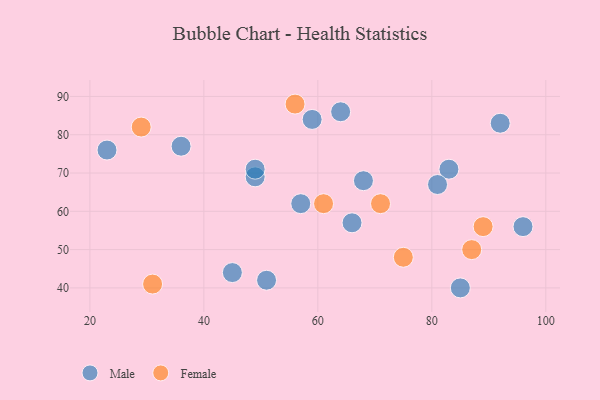
{"axis": {"x": "GDP", "y": "Life Expectancy"}, "legend": ["Female", "Male"], "data": [{"x": "49", "y": 69, "type": "Male"}, {"x": "83", "y": 71, "type": "Male"}, {"x": "49", "y": 71, "type": "Male"}, {"x": "85", "y": 40, "type": "Male"}, {"x": "45", "y": 44, "type": "Male"}, {"x": "92", "y": 83, "type": "Male"}, {"x": "64", "y": 86, "type": "Male"}, {"x": "57", "y": 62, "type": "Male"}, {"x": "96", "y": 56, "type": "Male"}, {"x": "68", "y": 68, "type": "Male"}, {"x": "81", "y": 67, "type": "Male"}, {"x": "59", "y": 84, "type": "Male"}, {"x": "23", "y": 76, "type": "Male"}, {"x": "66", "y": 57, "type": "Male"}, {"x": "51", "y": 42, "type": "Male"}, {"x": "36", "y": 77, "type": "Male"}, {"x": "56", "y": 88, "type": "Female"}, {"x": "61", "y": 62, "type": "Female"}, {"x": "71", "y": 62, "type": "Female"}, {"x": "75", "y": 48, "type": "Female"}, {"x": "31", "y": 41, "type": "Female"}, {"x": "89", "y": 56, "type": "Female"}, {"x": "29", "y": 82, "type": "Female"}, {"x": "87", "y": 50, "type": "Female"}]}